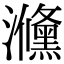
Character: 㶖